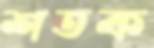
শতক